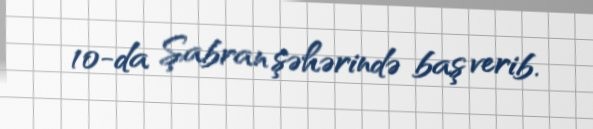
10-da Şabran şəhərində baş verib.